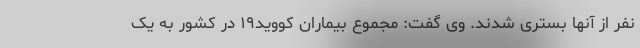
نفر از آنها بستری شدند. وی گفت: مجموع بیماران کووید۱۹ در کشور به یک